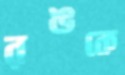
রঙকে